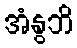
အံနွဘိ